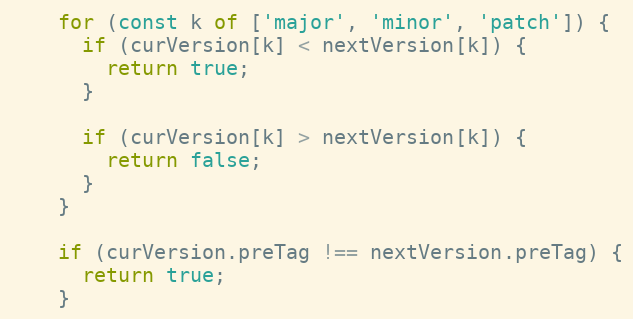
Language: JavaScript
    for (const k of ['major', 'minor', 'patch']) {
      if (curVersion[k] < nextVersion[k]) {
        return true;
      }

      if (curVersion[k] > nextVersion[k]) {
        return false;
      }
    }

    if (curVersion.preTag !== nextVersion.preTag) {
      return true;
    }